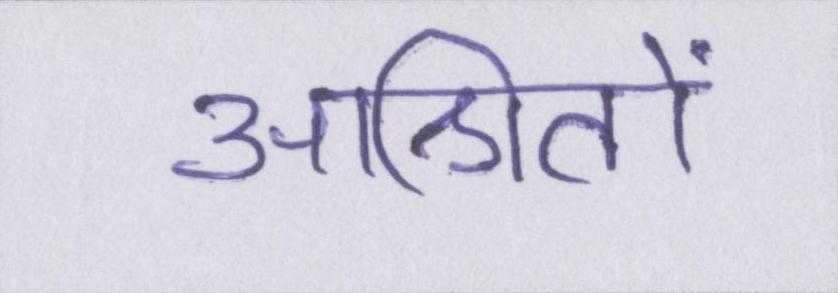
आश्रितों